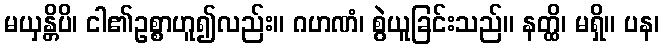
မယှန္တိပိ၊ ငါ၏ဥစ္စာဟူ၍လည်း။ ဂဟဏံ၊ စွဲယူခြင်းသည်။ နတ္ထိ၊ မရှိ။ ပန၊